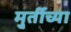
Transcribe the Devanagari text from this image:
मु्र्तीच्या